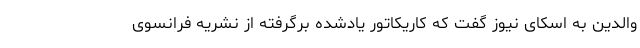
والدین به اسکای نیوز گفت که کاریکاتور یادشده برگرفته از نشریه فرانسوی